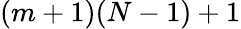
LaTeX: (m+1)(N-1)+1